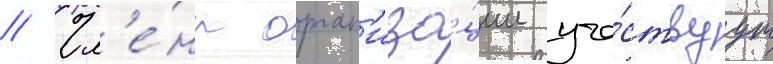
// Чл'е́ны орган'иза́ции уча́ствуут